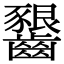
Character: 𪙲